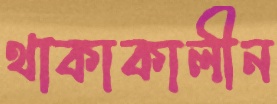
থাকাকালীন